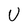
Character: U